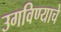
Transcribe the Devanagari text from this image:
उगविण्याचे